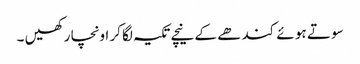
سو تے ہو ئے کند ھے کے نیچے تکیہ لگا کر اونچا ر کھیں ۔